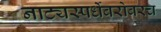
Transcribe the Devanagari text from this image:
नाट्यस्पर्धेबरोबरच